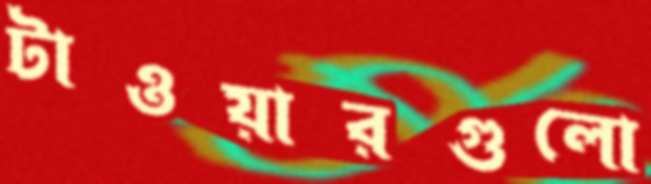
টাওয়ারগুলো